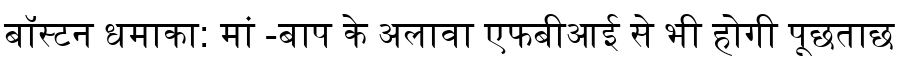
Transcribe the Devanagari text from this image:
बॉस्टन धमाका: मां -बाप के अलावा एफबीआई से भी होगी पूछताछ